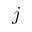
j